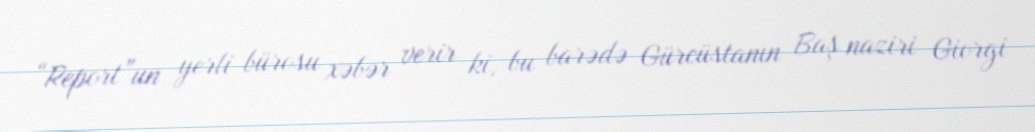
“Report”un yerli bürosu xəbər verir ki, bu barədə Gürcüstanın Baş naziri Giorgi